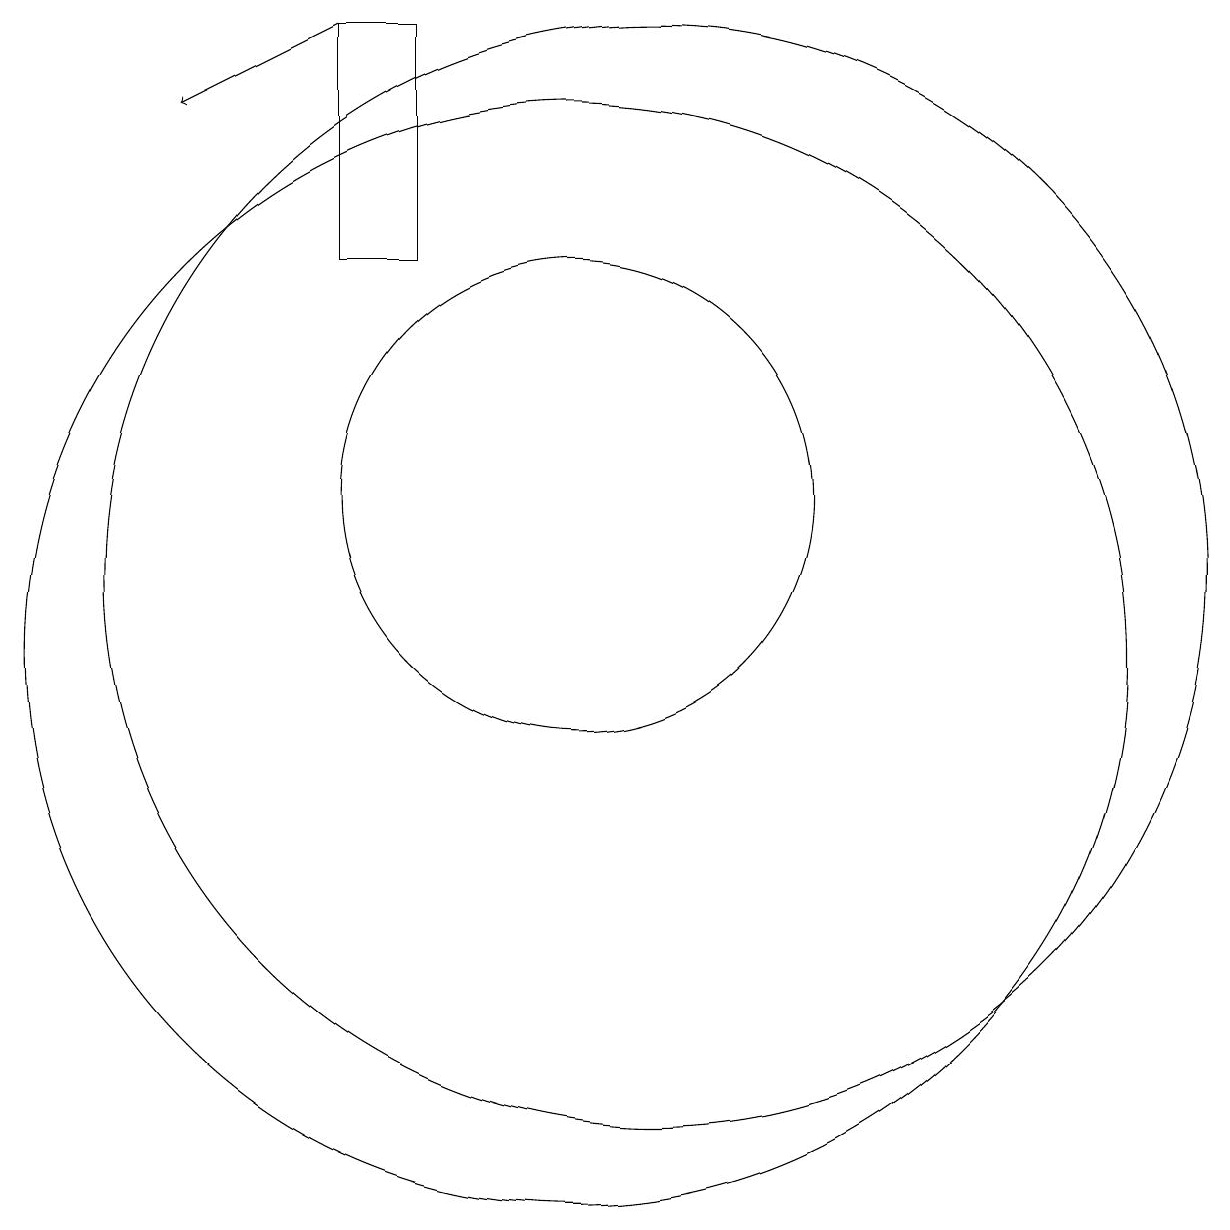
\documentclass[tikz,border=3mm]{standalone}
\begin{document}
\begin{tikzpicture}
\draw (10,10) circle (7);
\draw[->] (7,18) -- (5,17);
\draw (10,12) circle (3);
\draw (11,11) circle (7);
\draw (7,18) rectangle (8,15);
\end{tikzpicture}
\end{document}